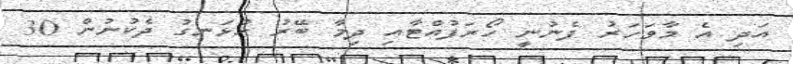
އަދި އެ މާވަހަރު ފެނުނީ ހޯރަފުއްޓާއި ދިމާ ބޭރު ހުޅަނގު ދެކުނުން 30